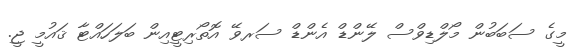
މީގެ ސަބަބުން މޯލްޑިވްސް ލޭންޑް އެންޑް ސަރވޭ އޮތޯރިޓީއިން ބަލަހައްޓާ ޤައުމީ ޖީ.